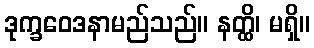
ဒုက္ခဝေဒနာမည်သည်။ နတ္ထိ၊ မရှိ။